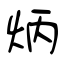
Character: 炳